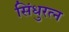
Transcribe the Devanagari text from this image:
सिंधुरत्न